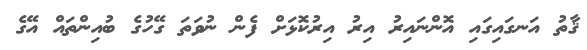
ޤާތު އަނގައިގައި އޮންނައިރު އިރު އިރުކޮޅަށް ފެން ނުވަތަ ގޭހުގެ ބުއިންތައް އޭގެ